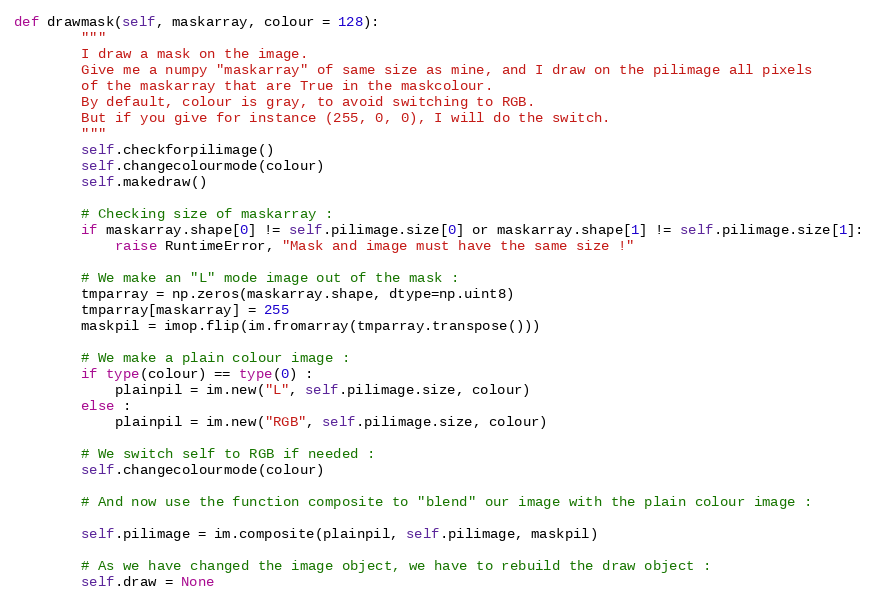
Language: Python
def drawmask(self, maskarray, colour = 128):
        """
        I draw a mask on the image.
        Give me a numpy "maskarray" of same size as mine, and I draw on the pilimage all pixels
        of the maskarray that are True in the maskcolour.
        By default, colour is gray, to avoid switching to RGB.
        But if you give for instance (255, 0, 0), I will do the switch.
        """
        self.checkforpilimage()
        self.changecolourmode(colour)
        self.makedraw()

        # Checking size of maskarray :
        if maskarray.shape[0] != self.pilimage.size[0] or maskarray.shape[1] != self.pilimage.size[1]:
            raise RuntimeError, "Mask and image must have the same size !"

        # We make an "L" mode image out of the mask :
        tmparray = np.zeros(maskarray.shape, dtype=np.uint8)
        tmparray[maskarray] = 255
        maskpil = imop.flip(im.fromarray(tmparray.transpose()))

        # We make a plain colour image :
        if type(colour) == type(0) :
            plainpil = im.new("L", self.pilimage.size, colour)
        else :
            plainpil = im.new("RGB", self.pilimage.size, colour)

        # We switch self to RGB if needed :
        self.changecolourmode(colour)

        # And now use the function composite to "blend" our image with the plain colour image :

        self.pilimage = im.composite(plainpil, self.pilimage, maskpil)

        # As we have changed the image object, we have to rebuild the draw object :
        self.draw = None